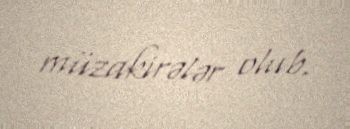
müzakirələr olub.